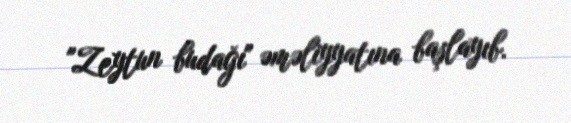
"Zeytun budağı" əməliyyatına başlayıb.